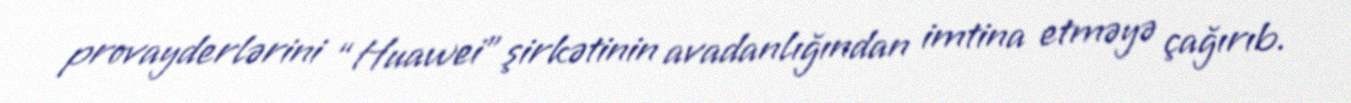
provayderlərini “Huawei” şirkətinin avadanlığından imtina etməyə çağırıb.